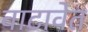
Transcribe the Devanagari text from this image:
वाटावेत